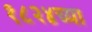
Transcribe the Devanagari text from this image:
१८२४च्या